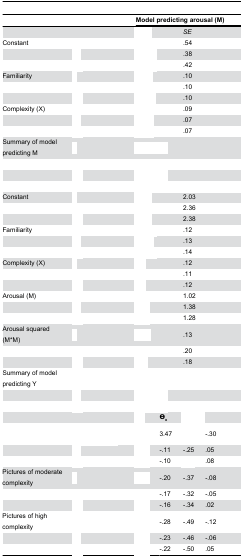
<table><thead><tr><td>[EMPTY_CELL]</td><td>[EMPTY_CELL]</td><td colspan="5"><b>Model predicting arousal (M)</b></td></tr></thead><tbody><tr><td>[EMPTY_CELL]</td><td>[EMPTY_CELL]</td><td colspan="2">[EMPTY_CELL]</td><td colspan="3"><i>SE</i></td></tr><tr><td>Constant</td><td>[EMPTY_CELL]</td><td colspan="2">[EMPTY_CELL]</td><td colspan="3">.54</td></tr><tr><td>[EMPTY_CELL]</td><td>[EMPTY_CELL]</td><td colspan="2">[EMPTY_CELL]</td><td colspan="3">.38</td></tr><tr><td>[EMPTY_CELL]</td><td>[EMPTY_CELL]</td><td colspan="2">[EMPTY_CELL]</td><td colspan="3">.42</td></tr><tr><td>Familiarity</td><td>[EMPTY_CELL]</td><td colspan="2">[EMPTY_CELL]</td><td colspan="3">.10</td></tr><tr><td>[EMPTY_CELL]</td><td>[EMPTY_CELL]</td><td colspan="2">[EMPTY_CELL]</td><td colspan="3">.10</td></tr><tr><td>[EMPTY_CELL]</td><td>[EMPTY_CELL]</td><td colspan="2">[EMPTY_CELL]</td><td colspan="3">.10</td></tr><tr><td>Complexity (X)</td><td>[EMPTY_CELL]</td><td colspan="2">[EMPTY_CELL]</td><td colspan="3">.09</td></tr><tr><td>[EMPTY_CELL]</td><td>[EMPTY_CELL]</td><td colspan="2">[EMPTY_CELL]</td><td colspan="3">.07</td></tr><tr><td>[EMPTY_CELL]</td><td>[EMPTY_CELL]</td><td colspan="2">[EMPTY_CELL]</td><td colspan="3">.07</td></tr><tr><td>Summary of model predicting M</td><td>[EMPTY_CELL]</td><td colspan="5">[EMPTY_CELL]</td></tr><tr><td>[EMPTY_CELL]</td><td>[EMPTY_CELL]</td><td colspan="5">[EMPTY_CELL]</td></tr><tr><td>[EMPTY_CELL]</td><td>[EMPTY_CELL]</td><td colspan="5">[EMPTY_CELL]</td></tr><tr><td>[EMPTY_CELL]</td><td>[EMPTY_CELL]</td><td colspan="5">[EMPTY_CELL]</td></tr><tr><td>Constant</td><td>[EMPTY_CELL]</td><td colspan="2">[EMPTY_CELL]</td><td colspan="3">2.03</td></tr><tr><td>[EMPTY_CELL]</td><td>[EMPTY_CELL]</td><td colspan="2">[EMPTY_CELL]</td><td colspan="3">2.36</td></tr><tr><td>[EMPTY_CELL]</td><td>[EMPTY_CELL]</td><td colspan="2">[EMPTY_CELL]</td><td colspan="3">2.38</td></tr><tr><td>Familiarity</td><td>[EMPTY_CELL]</td><td colspan="2">[EMPTY_CELL]</td><td colspan="3">.12</td></tr><tr><td>[EMPTY_CELL]</td><td>[EMPTY_CELL]</td><td colspan="2">[EMPTY_CELL]</td><td colspan="3">.13</td></tr><tr><td>[EMPTY_CELL]</td><td>[EMPTY_CELL]</td><td colspan="2">[EMPTY_CELL]</td><td colspan="3">.14</td></tr><tr><td>Complexity (X)</td><td>[EMPTY_CELL]</td><td colspan="2">[EMPTY_CELL]</td><td colspan="3">.12</td></tr><tr><td>[EMPTY_CELL]</td><td>[EMPTY_CELL]</td><td colspan="2">[EMPTY_CELL]</td><td colspan="3">.11</td></tr><tr><td>[EMPTY_CELL]</td><td>[EMPTY_CELL]</td><td colspan="2">[EMPTY_CELL]</td><td colspan="3">.12</td></tr><tr><td>Arousal (M)</td><td>[EMPTY_CELL]</td><td colspan="2">[EMPTY_CELL]</td><td colspan="3">1.02</td></tr><tr><td>[EMPTY_CELL]</td><td>[EMPTY_CELL]</td><td colspan="2">[EMPTY_CELL]</td><td colspan="3">1.38</td></tr><tr><td>[EMPTY_CELL]</td><td>[EMPTY_CELL]</td><td colspan="2">[EMPTY_CELL]</td><td colspan="3">1.28</td></tr><tr><td>Arousal squared (M*M)</td><td>[EMPTY_CELL]</td><td colspan="2">[EMPTY_CELL]</td><td colspan="3">.13</td></tr><tr><td>[EMPTY_CELL]</td><td>[EMPTY_CELL]</td><td colspan="2">[EMPTY_CELL]</td><td colspan="3">.20</td></tr><tr><td>[EMPTY_CELL]</td><td>[EMPTY_CELL]</td><td colspan="2">[EMPTY_CELL]</td><td colspan="3">.18</td></tr><tr><td>Summary of model predicting Y</td><td>[EMPTY_CELL]</td><td colspan="5">[EMPTY_CELL]</td></tr><tr><td>[EMPTY_CELL]</td><td>[EMPTY_CELL]</td><td colspan="5">[EMPTY_CELL]</td></tr><tr><td>[EMPTY_CELL]</td><td>[EMPTY_CELL]</td><td colspan="5">[EMPTY_CELL]</td></tr><tr><td>[EMPTY_CELL]</td><td>[EMPTY_CELL]</td><td>[EMPTY_CELL]</td><td><b>Θ<sub>x</sub></b></td><td colspan="3">[EMPTY_CELL]</td></tr><tr><td>[EMPTY_CELL]</td><td>[EMPTY_CELL]</td><td>[EMPTY_CELL]</td><td>3.47</td><td>[EMPTY_CELL]</td><td>-.30</td><td>[EMPTY_CELL]</td></tr><tr><td>[EMPTY_CELL]</td><td>[EMPTY_CELL]</td><td>[EMPTY_CELL]</td><td>-.11</td><td>-.25</td><td colspan="2">.05</td></tr><tr><td>[EMPTY_CELL]</td><td>[EMPTY_CELL]</td><td>[EMPTY_CELL]</td><td>-.10</td><td>[EMPTY_CELL]</td><td colspan="2">.08</td></tr><tr><td>Pictures of moderate complexity</td><td>[EMPTY_CELL]</td><td>[EMPTY_CELL]</td><td>-.20</td><td>-.37</td><td colspan="2">-.08</td></tr><tr><td>[EMPTY_CELL]</td><td>[EMPTY_CELL]</td><td>[EMPTY_CELL]</td><td>-.17</td><td>-.32</td><td colspan="2">-.05</td></tr><tr><td>[EMPTY_CELL]</td><td>[EMPTY_CELL]</td><td>[EMPTY_CELL]</td><td>-.16</td><td>-.34</td><td colspan="2">.02</td></tr><tr><td>Pictures of high complexity</td><td>[EMPTY_CELL]</td><td>[EMPTY_CELL]</td><td>-.28</td><td>-.49</td><td colspan="2">-.12</td></tr><tr><td>[EMPTY_CELL]</td><td>[EMPTY_CELL]</td><td>[EMPTY_CELL]</td><td>-.23</td><td>-.46</td><td colspan="2">-.06</td></tr><tr><td>[EMPTY_CELL]</td><td>[EMPTY_CELL]</td><td>[EMPTY_CELL]</td><td>-.22</td><td>-.50</td><td colspan="2">.05</td></tr></tbody></table>